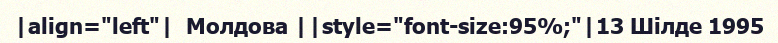
|align="left"|  Молдова ||style="font-size:95%;"|13 Шілде 1995